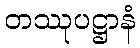
တဿုပဋ္ဌာနံ